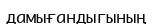
дамығандыгының